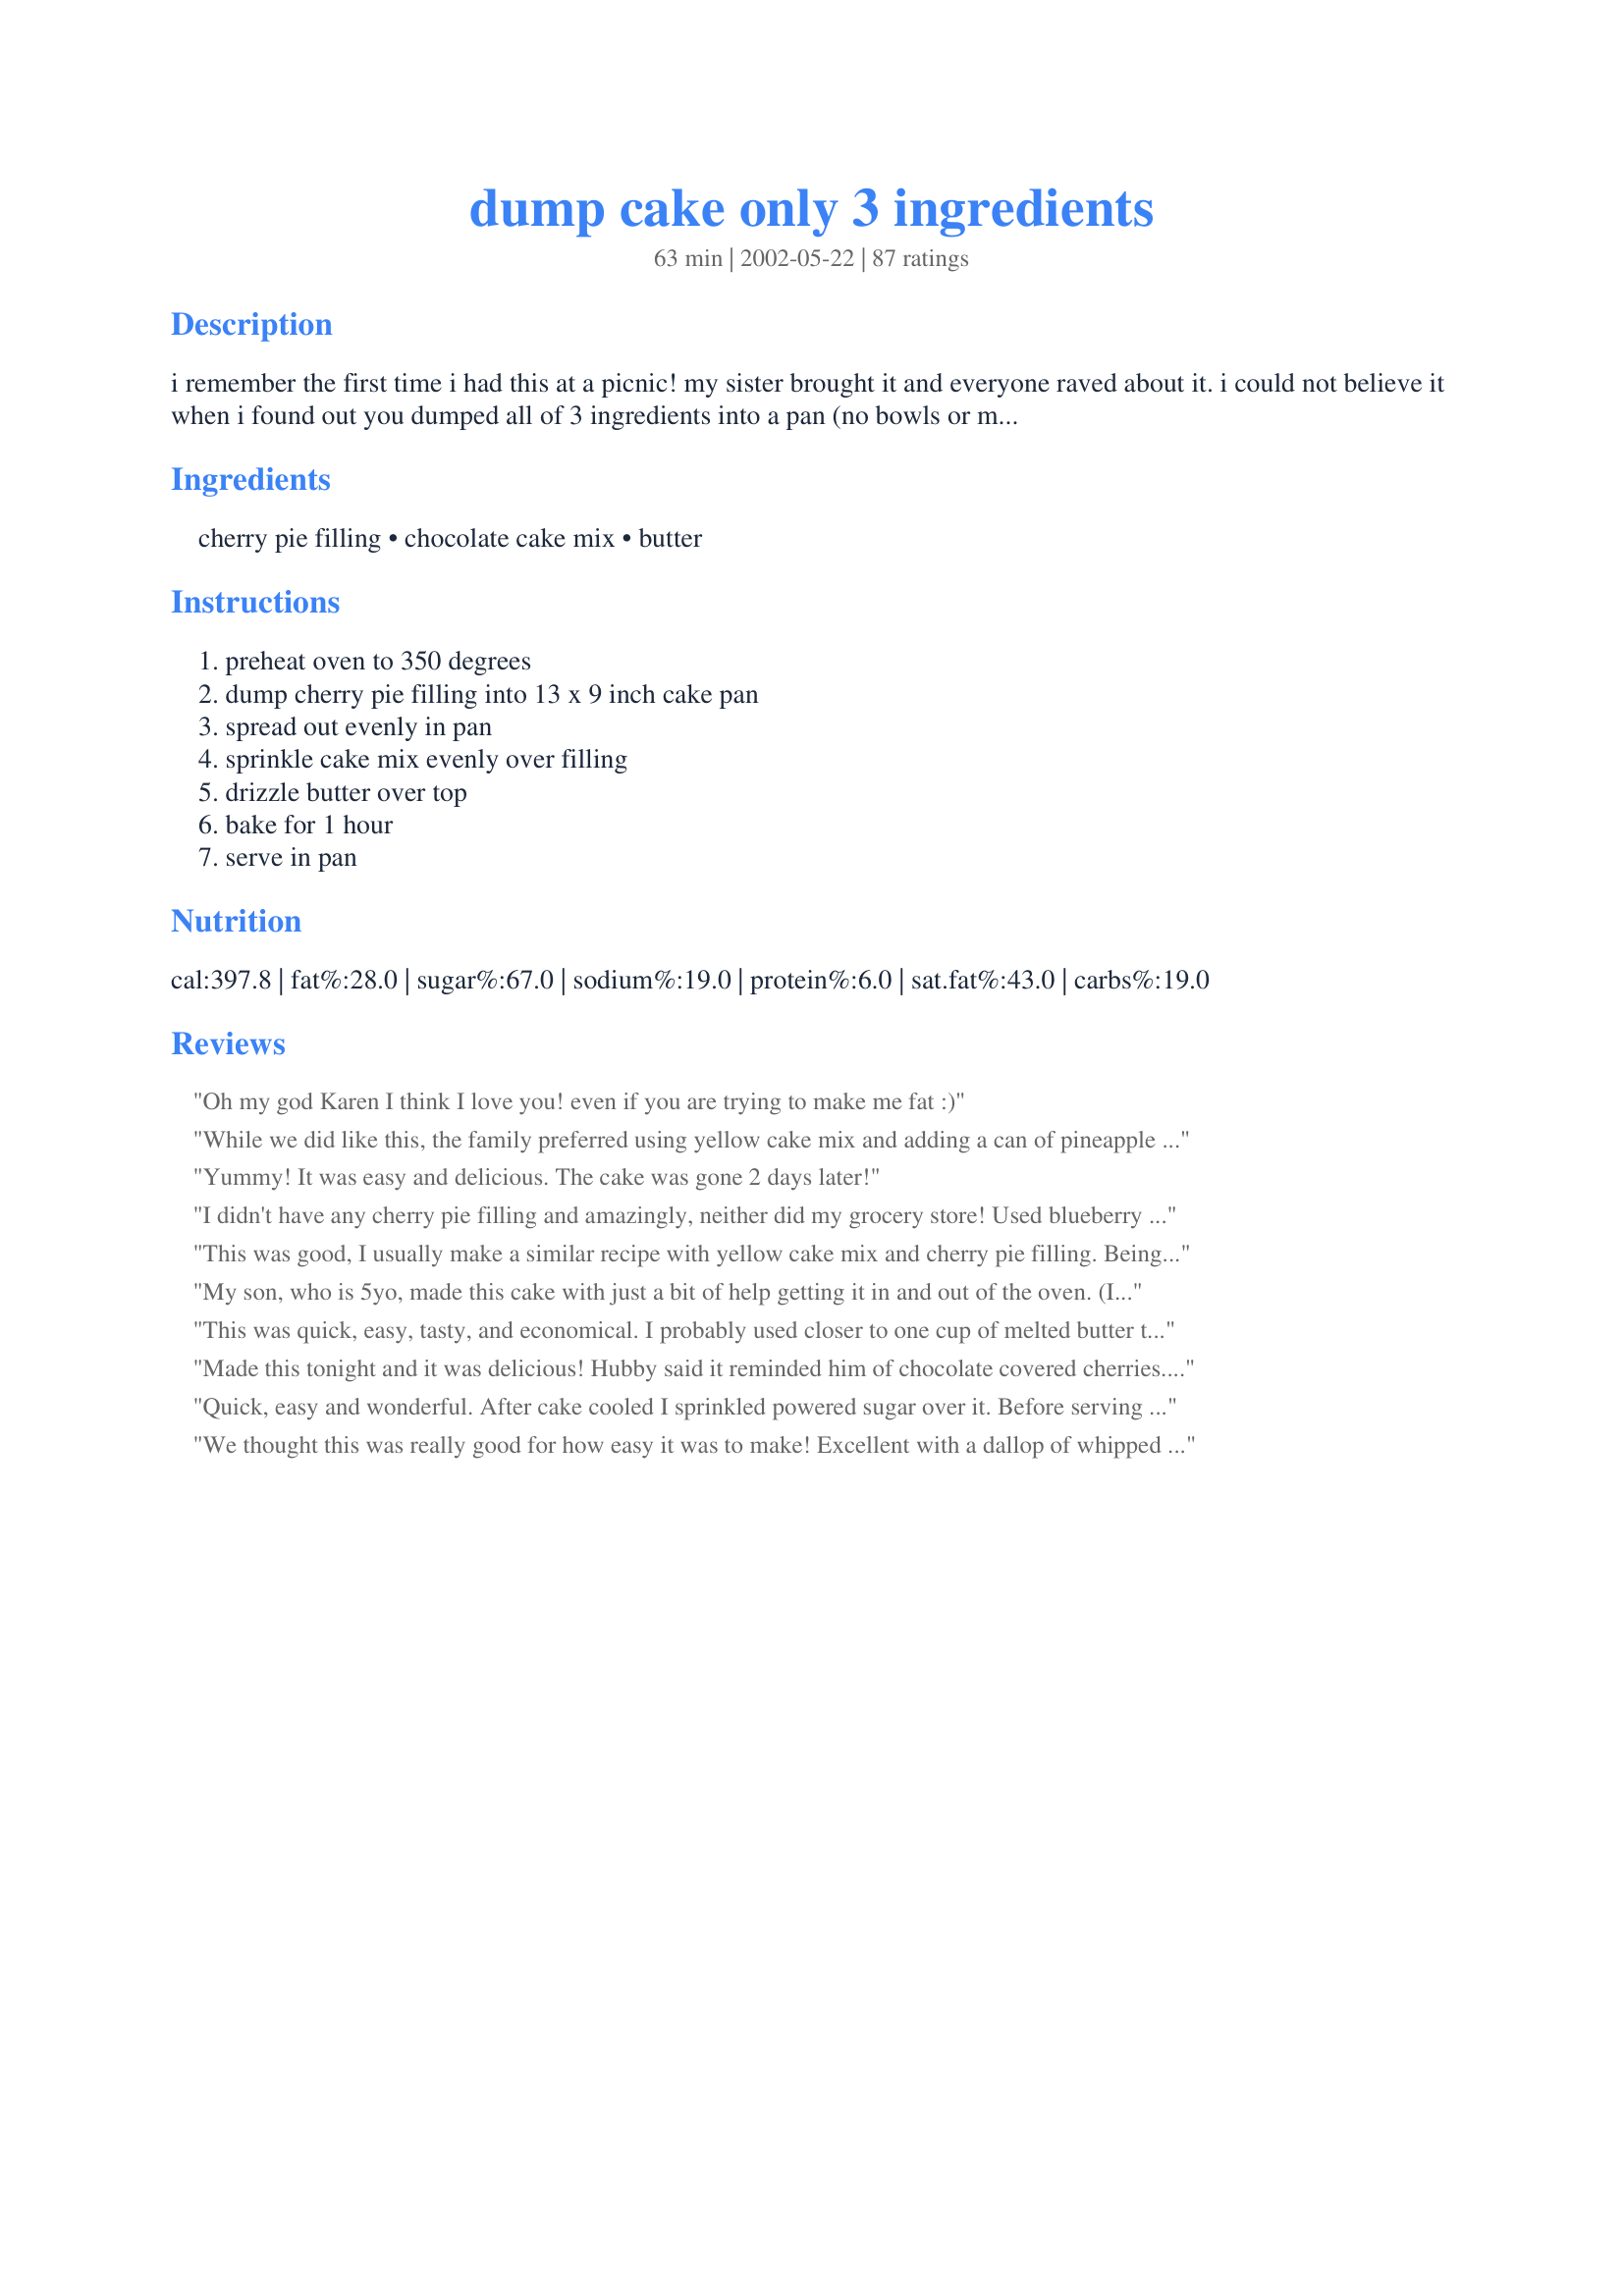
dump cake only 3 ingredients
Preparation time: 63 minutes

i remember the first time i had this at a picnic! my sister brought it and everyone raved about it. i could not believe it when i found out you dumped all of 3 ingredients into a pan (no bowls or mixing) and just baked it! it's really great and just too easy!

Ingredients:
cherry pie filling, chocolate cake mix, butter

Steps:
preheat oven to 350 degrees, dump cherry pie filling into 13 x 9 inch cake pan, spread out evenly in pan, sprinkle cake mix evenly over filling, drizzle butter over top, bake for 1 hour, serve in pan

Reviews:
Oh my god Karen I think I love you! even if you are trying to make me fat :)
While we did like this, the family preferred using yellow cake mix and adding a can of pineapple with the cherry pie filling. Thanx for a different cake recipe to try.
Yummy! It was easy and delicious. The cake was gone 2 days later!
I didn't have any cherry pie filling and amazingly, neither did my grocery store! Used blueberry and raspberry pie filling I had on had and it turned out great! I have never made a dump cake before and was wary of not mixing it before cooking, but my family just loved it!
This was good, I usually make a similar recipe with yellow cake mix and cherry pie filling. Being the chocolate lover that I am I liked this recipe but to make it better I think I will add some coconut and nuts to cake mix like I do with the yellow dump cake. Still yummy for a quick dessert.
My son, who is 5yo, made this cake with just a bit of help getting it in and out of the oven. (I wrote out some kid-friendly instructions with pictures.) It was delicious the first evening, but what an improvement the second day after sitting in the refrigerator. He insisted that we serve it with vanilla ice cream, and it was a perfect combination. He found that in parts, the cake mix was sprinkled on a bit thickly and didn't get as moist as other areas. Next time, he'll make sure to sprinkle more evenly, but nonetheless, it was wonderful. Our family enjoyed not only the cake, but also the huge smile of pride on his face. Thanks for a great recipe!
This was quick, easy, tasty, and economical. I probably used closer to one cup of melted butter to ensure the cake mix on top was completely moistened and it turned out great. The cake tasted more like a brownie and smelled wonderful while cooking. Amazing taste for three simple ingredients. I will definitely be making this again.
Made this tonight and it was delicious! Hubby said it reminded him of chocolate covered cherries. Will certainly fix this again. Thank you for posting this recipe.
Quick, easy and wonderful. After cake cooled I sprinkled powered sugar over it. Before serving I warmed it and placed a scoop of vanilla ice cream on each piece. It could not have been simplier to make and everyone had a second helping. Thanks for a great receipe.
We thought this was really good for how easy it was to make! Excellent with a dallop of whipped cream or ice cream (like others mentioned the ice cream), Definite Keeper, Will make again SOON! Thank-you for such a simple good recipe!
This was so good, and so easy, not to mention inexpensive! The way the cake is made, it tastes like a brownie. SO good! I will definetely make this again. Thanks!
I was looking for a last minute dessert recipe to satisfy a sweet-tooth, when stumbling upon Karen's recipe. I knew I didn't have either cherry pie filling or a chocolate cake mix on hand. so I ended up improvising using lemon cake mix and blackberry pie filling. My experiment proved to be sensational! I made only enough to fill a 8x8" pan, using 1 can of blackberry pie filling, 2/3 box of the lemon cake mix and 1/2 cup of melted butter. It was done in 40 minutes time in the 350 degree oven. This is a great cake idea for the last minute! I will be sure to remember this one, Karen! Thanks so much : )
Very good, Karen! Parts of my cake topping didn't seem to get the butter mix. I think I will try tossing the cake mix with the butter and then top off my fruit before baking. Maybe add a little more butter too! Thanks for another good one!
Very, very easy to make. Tastes good too, but mine came out very dry. I will probably make it again, maybe with different cake & fruit filling, just to see if that makes a difference.
This recipe was ok..i was a bit dissapointed looking at all the five star ratings it was given. It was super easy to make. Tasted more like a well cooked brownie on top. The taste was good just not outstanding...but if you factor in how easy and quick it was to make that helps. I served this to seven people and one said they liked it and the others were silent. I don't know if I will make it again anytime soon, but if I am in a time crunch this would be a good recipe to have. Great recipe for kids to help out in the kitchen!
I made this yesterday and served for dessert. my husband and son LOVED it. I too served it with vanilla ice cream on too. Seemed way too tasty for something so easy to make. Thanks!!!!!
I bought two cans of pie filling for this recipe and for some reason only put in one. It didn't look too appetizing, but it still tasted great. My family said they were glad there was not more cherry in it. Next time I will do it right anyway. ;) Tasted great served cool with whipped topping.
can't believe i forgot to rate this. awesome!!!! to speak truthfully, i did not have high expectations about the cake since it only has three ingredients. but it was soooo good. i actually made two cakes. one can of pie filling in each pan, and half of the cake mix in each pan. i was only going to make one because my friends did not have high expectations either, but once they ate the first one, they asked me for the second one. i am making again today. thanks for sharing.
I love this recipe. Made it for out Big Brothers/Big Sisters picnic this year and was promptly asked for the recipe. It's so easy I was able to give it off the top of my head.
Shhhhh don't tell the guys at my BF's work but this is so easy. About once every couple weeks I will bake something if they have been good. This is a much requested with the apple pie filling and a spice cake. When they request it I go on and on about how it takes over an hour to make. Heehee. Thank you for making me look good and getting them to behave.
I just finished making this and am eating it as I write. I couldn't wait til it completely cooled off so i am eating it with ice cream. What a treat and so simple I will be making this one again thanks for posting.
This was pretty good. For the ease of preparation, it's excellent! I read many of the comments before making it. I decided to use cherry filling and a french vanilla cake mix. I used a full cup of butter to avoid the dryness others had mentioned. It browne nicely and had a slightly crunchy, chewy texture. I topped with cherry garcia ice cream. Yummy!
my dh and neighbor absolutely loved it! I personally thought it was a bit rich. will make it again and next time will have it with vanilla ice cream!
Super! Used yellow cake mix as I have to watch my chocolate intake. Only had one can of cherry pie filling, so I added a can of sliced peaches. It was terrific! Even better the next day. Karen, you really know how!
This is a total SUGAR BOMB!!! The "cake" part was all gritty.
What a waste of chocolate cake mix and strawberry pie filling. This is the 1st recipe off here I haven't liked.
With all the positive reviews, I was a tad disappointed. It was good enough for my husband to eat, but I thought it tasted too much like cake mix with butter would taste like. Not a surprise, I guess. I just thought it might turn out more cakelike, not so much the taste and texture of plain cake mix. It really had to be eaten with ice cream or would be too much. Overall, it was okay. I didn't embarrass myself presenting it for company, but I expected more.
This was great. Made it for my husband's office and they raved about it. Then I made it using the pineapple and yellow cake mix a reviewer suggested and again so good. Definitely a winner
Not that this really needs another review!...this was so simple to make I can't believe it. I had 2 cans of cherry pie filling I wanted to use but didn't want the usual cherry pie...saw a thread on this somewhere on zaar and looked up dump cakes...We loved it! Took other reviewers comments and went with a full cup of butter. This is yummo! Especially if you like chocolate and cherries...which...I do!! The kids scarfed it down within 1 hour...no leftovers to say how it would taste tomorrow lol!! Thanks for a great and easy recipe. My DD is going off to college this fall and watched me make it with amazement...She will be making it this fall at college for sure! Figures she will be the "hit" of the dorm!!
I made this for dinner guests last night and almost felt guilty because it was so easy! I served it warm with vanilla ice cream - everyone from kids to adults - loved it!
Didn't like this with cherry pie filling and devil's food cake mix. As a matter of fact, I took this to a potluck and it was barely eaten. However, with apple pie filling and butter cake mix it is AWESOME! I made it yesterday for a bbq I hosted at my home and it was gone in 20 minutes. Served with vanilla bean ice cream. It was a hit. Thanks.
Have made several variations on this. My original recipe called for one can crushed pineapple as base and one cup of coconut sprinkled over top. Excellent flavor and very kid pleasing.
This is such a great recipe for a girl who hates to bake cakes. I turned my cake out on to a plate and it looked spectacular. Excellent with whipped cream on the side. Thanks for posting this.
This was sooo easy to make! I took it to a family gathering and everyone was impressed. I think next time I might try using a white cake and blueberry pie filling! MMMMMM!
Wow...it doesn't get any easier than this! Good, but soooooo sweet! Sweetest dessert I ever had. Just a tad too sweet. The kids were bonkers over it though. I'm sure I'll make it again. Definitly put a scoop of vanilla ice cream on it. I can't imagine eating it without it.
This is soooooo easy, and with a spoonful of Homemade Vanilla ice cream, it just can't be beat. Well, maybe with a yellow cake mix and 1 can each of blackberry and peach pie filling. It's the simplest
 "cobbler" recipe I have ever tried.
Very Easy and Pretty good. Extremely popular, more like a coffee cake to me than a cake cake.
Very yummy...
We loved it! The cake gets kind of crunchy instead of cakey. I served it warm with a scoop of Cherry Cordial ice cream on top. It tasted just like I was eating a big bowl of Cherry Garcia. It doesn't get much better than that!
Very easy to make. The taste is just okay for me but since its so easy I will make again. I highly recommend serving it with vanilla ice cream or whipped cream. I hope to try it next with a yellow cake.
i've made this twice- very easy and it always disappears. i made it with lemon cake and blueberry filling as well as the original recipe
This was so very good not to mention economical! I was able to throw this together for under 5 dollars! The entire house smelled like chocolate while this baked. Next time I'll try and chill it like Chuck did. THANKS Karen for this WINNER!
Wow - we found this to be way too sweet. Easy, yes - very.
This was such a quick and good dessert. We just moved and I did not have much of anything unpacked and hubby said he needed to bring dessert to work. This was great. Everyone loved it.
I've done this as in the recipe. I've also done strawberry pie filling with strawberry cake, apples with spice cake, peach with yellow cake, and blueberries with vanilla cake! It's wonderful every way. I'm looking forward to doing strawberries with devils food cake. The possibilities are endless. My only problem is, i can't decide if which i like better...warm and crunchy right out of the oven, or soft and moist after a night in the refrigerator.
This is the best dessert. I didn't have cherry pie filling, but I had some peaches that I froze when they were in season. I used them and a yellow cake mix, it was delicious. This is such a versitile recipe that we can mix and match fruits and cake mixes that we have on hand.....great recipe. We served this with whipped cream on top. Thank you so much for this wonderfully easy recipe.
My mom used to make this with yellow cake mix, apple pie filling, and canned pineapples. She would use stick butter and dot the cake mix rather than drizzle. I don't know the difference b/c I stuck to her method, but using your ingredients. It never dawned on me that I could alternate all the ingredients. This is great! I think I will do a lemon cake mix next time.
Neither of my roommates are a huge fan of cherries, so I made this with apple filling, a little bit of cinnamon, and yellow cake mix. Amazing! I will definitely be making this again.
After reading a review I decided to make this for dessert for a cookout with my neighbors.
I took it over well chilled and it was the hit of the afternoon. So simple and delicious.
Everyone said to tell you thanks for the recipe, and their 3 year old wants another one. LOL
Chuck
There is a version of this using a crockpot as well on Zaar and I seem to prefer it?? This was good (and the potluck people agreed) but some how the crockpot version was more moist or something.
Incredibly easy to make, and very tasty (looks much better with the ice cream on top though)
I used cherries and a German chocolate cake mix. I thought it needed something more so I added some walnuts. It does taste good for being so simple. It isn't the most attractive dessert but if you cover it with ice cream or whipped cream no one will know. My husband and I agree, it does taste better the next day. The flavors are better blended. This is a good dessert to keep in mind when you have to throw something together fast.
I used to make this all the time! I use apple pie filling, butter cake mix, chopped pecans and the butter... So good with cinnamon ice cream on top!!!

Very similar to a cobbler!
I am actually planning on preparing the cake partially just to see how it turns out that way. I know it calls for it being unprepared but preparing it might actually give it more depth and volume rather than just sprinkling it over top.
We loved it! So easy, and smelled so good while baking. I used a slightly smaller pan and one can of cherry pie filling (all I had!) I sprayed it with a bit of water to moisten all the cake mix. It was a chocolate fix. Thanks for the recipe.
I cooked this exactly as described and it was like uncooked cake dough with cherries in it. I guess its good if you like to lick the bowl when you make cakes. Was a waste of time and money(cherry pie filling isnt cheap)to me. Not sure how everyone got it "crispy" or "brownie like". Unless I cook it longer than directed. But I doubt I will try this one again.
This was pretty good for only three ingredients. It was very rich, and my hubby REALLY liked it! I used margarine instead of butter, and it was worked. Thanks for the easy and quick dessert!
I made this dessert because I was really curious how it will turn out. It's pretty good, a little too sweet for my taste, but I can see how everyone else would love it! This is quite an interesting recipe.
I can't believe something this simple tasted as good as it did...two thumbs up! The house took on a wonderful chocolate aroma as it baked, too. I served it with vanilla ice cream and it was enjoyed by all, terrific choco-cherry taste. I think I will try it with blueberry pie filling and lemon cake mix next. Thanks for a nifty recipe!
YUM!!!! I have always made the "traditional" dump cake with the pineapple, cherry and yellow cake. This was delicous with vanilla ice cream and cool whip. Very sweet!! I did not melt the butter first, just dotted on the top 1 stick and baked not quite an hour, OOPS, still great! (forgot how long to bake, as I didn't print the reciepe out, still came out fine). Thanks for posting. I made this for dessert for a newly married couple who came to dinner, she quickly wrote the recipe down for keeping! Super simple, but tastes very rich, like you worked really hard!
Brush Cake... after cooled with Rum ..what 20 times ( will Mositen and add a Nice Kick )Giggle... and serve with baileys and coffee...
 Nice After Dinner thangy BRE!
I've made dump cakes before using yellow cake, but this combination never occured to me. It's delicious!! It really cures those chocolate cravings!
This was so good! I really want to try it according to recipe- we didn't have cherries OR chocolate cake mix, so I made a peach-lemon cake! Really good! I also used only 1/2 cup of butter.
This was so easy!! I used raspberry pie filling instead, what a wonderful dessert!!! Great tasting, everyone loved it!!
After reading the reviews, I opted to use 1 cup of butter, half melted and half sliced. It turned out perfect!! This is one of the easiest and tastiest desserts. I couldnt decide what flavor I wanted so i made two in one pan. I used 1 can of cherries with half a box of chocolate cake on one side and a can of crushed pineapple with half a box of butter cake mix on the other. They were both fantastic! I think I like the pineapple a little better. I did find when I tried to make it again in my moms oven, it didnt turn out as well. Her oven runs hot and it cooked the cake before it had time to blend. When I had made it in mine, the top looked almost liquid and bubbly for a very long time and turned out fantastic! So I would say if your oven runs hot, turn it down cuz it does make a difference.
I like to add a can of crushed pineapple, it's alwasy very popular
Rich and delicious!!!!I served it hot with whipped cream............yum!Great recipe
The cake was okay but certainly needed a scoop of ice cream. I had this for 8 older adults and it was too large a recipe. I'm not sure it would freeze properly.
This was a huge failure when I tried to make it. I read the reviews and waited at least a day so it would "soak up" the moisture... it was still crunchy. Sorry, but I would have rather just took the time and effort and made a cake.
I made mine with FunFetti cake mix and it was like a great big cherry cookie. Tasty, but kind of ugly.
I made it with yellow cake and aple pie filling. Added cinammon and nutmeg to the cake mix. Use 1/2 cup of margarine and 1/2 cup of non-fat liquid creamer for the topping. Possibilities are endless...
m
Wish I could add more "Stars" for this one! It was so easy! Tasted so good! Told a co-worker about it she said that her mom used to make one something like this only used pineapple with white cake. I am going to try that one. She had lost her mother's recipe and I immediately gave it to her. She took it to a dinner and was the hit of the party! Thank you so much for posting this one.
We always make this with a can of pie filling AND a large can of crushed pineapple. We also use white cake. It's our favorite go-to dessert and people always love it!
Easiest cake I have made in my life! it is interesting, it turns out more like a chocolate pudding than a cake. It doesnt hurt to give it a little bit of a mix so the top becomes nice and moist. I might even try other fruit next time. Mayby mango and butter cake mix. I dont know what cherry pie filling is, I just used 2 450 gram cans of pitted black cherries with the juice and it made it nice and moist. Mayby if I had used just one can it would have been more cakish and less puddingish.but I dont like dry things much anyway.
I always use about a cup of margarine for some extra moisture. I used to work in a large office with about 15 other ladies and we would put this together an hour before the morning break and the smell would have us salivating all morning. (not to mention the officers that we worked with) I gained ten pounds working there for three years!
Making this tonight!!
I made it for Thanksgiving (Canadian) and nobody would’ve believe it how easy it was to make it. I did everything how the recipe suggested and we ate it with vanilla ice cream. Very flavourful and rich but not heavy great with ice cream. Thank you. I will do it again. Thanks for sharing.
5 star for taste and 
5 star for "easiness"
My family has been making this for years. We usually use a yellow cake mix and canned peaches. I also sometimes reserve a bit of the cake mix and add oatmeal, cinnamon, and nutmeg to make the top extra strudel-like.
the first time i made this, i followed the recipe as it is and it was so yummy! it really hit the spot and satisfied my chocolate craving. i made it again today but i didn't have the pie filling so i tossed some blueberries and raspberries from my freezer into a pot with a bit of water and cornstarch and boiled it, then i added some jam to make my own friut filling. WOW, it was soooooooooo good!! thanks for the perfect pms food!!
I was really dissapointed. The cherry pie filling was much to overpowering. And the cake was a bit hard. In a large family no one liked it. Sorry
This was an interesting dessert. Very easy to make. I made it one evening and we had it the next afternoon. The cake was crispy. The next day we had it after dinner, by then the cake was a bit more moist and had soaked more of the cherry flavor into it. It was delicious. I recommend waiting a day or so before you eat this if you can help yourself.
This was great! Not only was it ez to make but it varies well! My family doesn't like cherries all that much and I couldn't find raspberry filling so I used strawberry instead with a Triple chocolate fudge cake. OMG! It was awesome. I served it with a scoop of plain vanilla ice cream on top.
what a hit! incredibly quick and easy. i make a similar one using frozen blueberries, pineapple juice, yellow cake, butter and pecans. the chocolate and cherry flavors togethers were great. i used 2 cans of cherry pie filling -one regular and one lower sugar. yes, the little bit left over was even better the next day!!
Deserves experimentation with different cake mixes and pie fillings. It was great served a little warm with ice cream on top.
Talk about easy!!!!
this was the easiest cake ive ever made,the inlaws loved it & wanted the recipe too!!! I served it with some extra rich & creamy whipped cream,a definite keeper,thanks karen
This cake could absolutely not be easier! I used canned apricots and yellow cake mix.
This is ok, I made it for the simplicity, served warm with ice cream, my son only ate the ice cream, I can't tell if I like it or not, it is very sweet.
Just cheated! Took two spoonfuls from the pan just to be sure it was okay. It was and how! On the way to buy Vanilla Bean Ice Cream. Most eager to see the difference between day one (crunchy)and day two (creamy). Day one crunchy is an excellent start. Thanks for posting.
